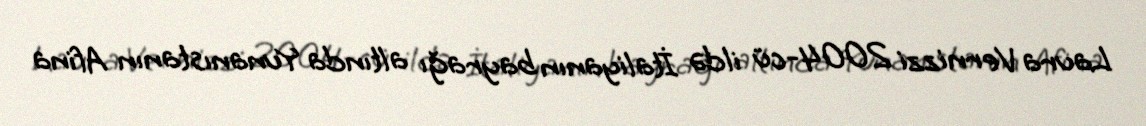
Laura Vernizzi 2004-cü ildə İtaliyanın bayrağı altında Yunanıstanın Afina